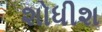
શોધીશ